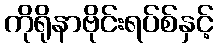
ကိုရိုနာဗိုင်းရပ်စ်နှင့်